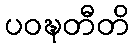
ပဝဍ္ဎတီတိ